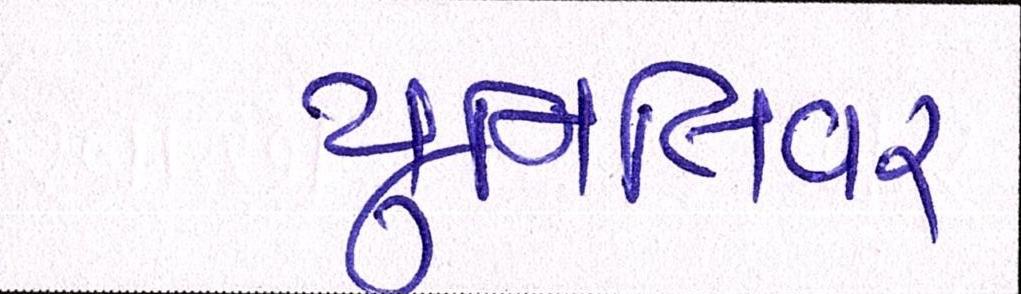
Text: યુનિલિવર